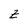
Character: z